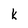
Character: k